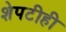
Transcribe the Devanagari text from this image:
शेपटीही